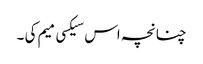
چنانچہ اس سیکسی میم کی ۔